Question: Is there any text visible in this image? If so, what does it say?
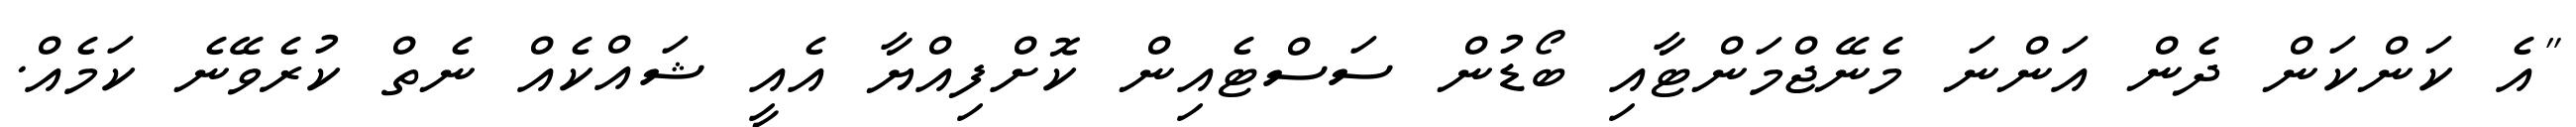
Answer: "އެ ކަންކަން ދެން އަންނަ މެނޭޖްމަންޓާއި ބޯޑުން ސަސްޓެއިން ކޮށްފިއްޔާ އެއީ ޝައްކެއް ނެތް ކުރެވޭނެ ކަމެއް.